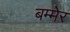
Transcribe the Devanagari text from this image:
बम्मेर